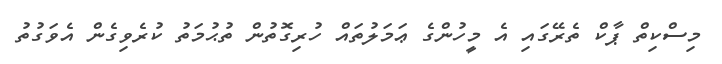
މިސްކިތް ޕާކް ތެރޭގައި އެ މީހުންގެ ޢަމަލުތައް ހުރިގޮތުން ތުޙުމަތު ކުރެވިގެން އެވަގުތު